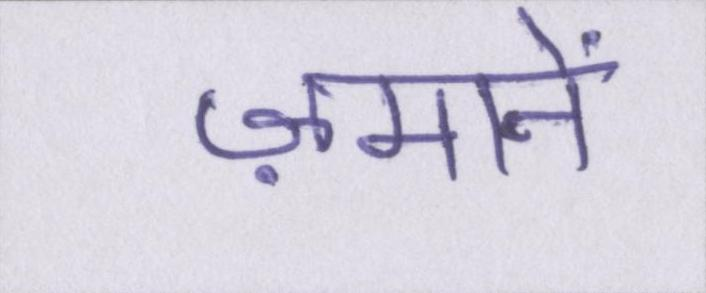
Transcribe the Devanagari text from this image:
ज़मानें